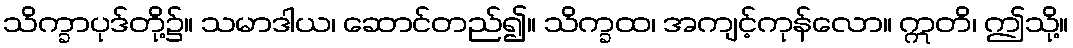
သိက္ခာပုဒ်တို့၌။ သမာဒါယ၊ ဆောင်တည်၍။ သိက္ခထ၊ အကျင့်ကုန်လော။ ဣတိ၊ ဤသို့။